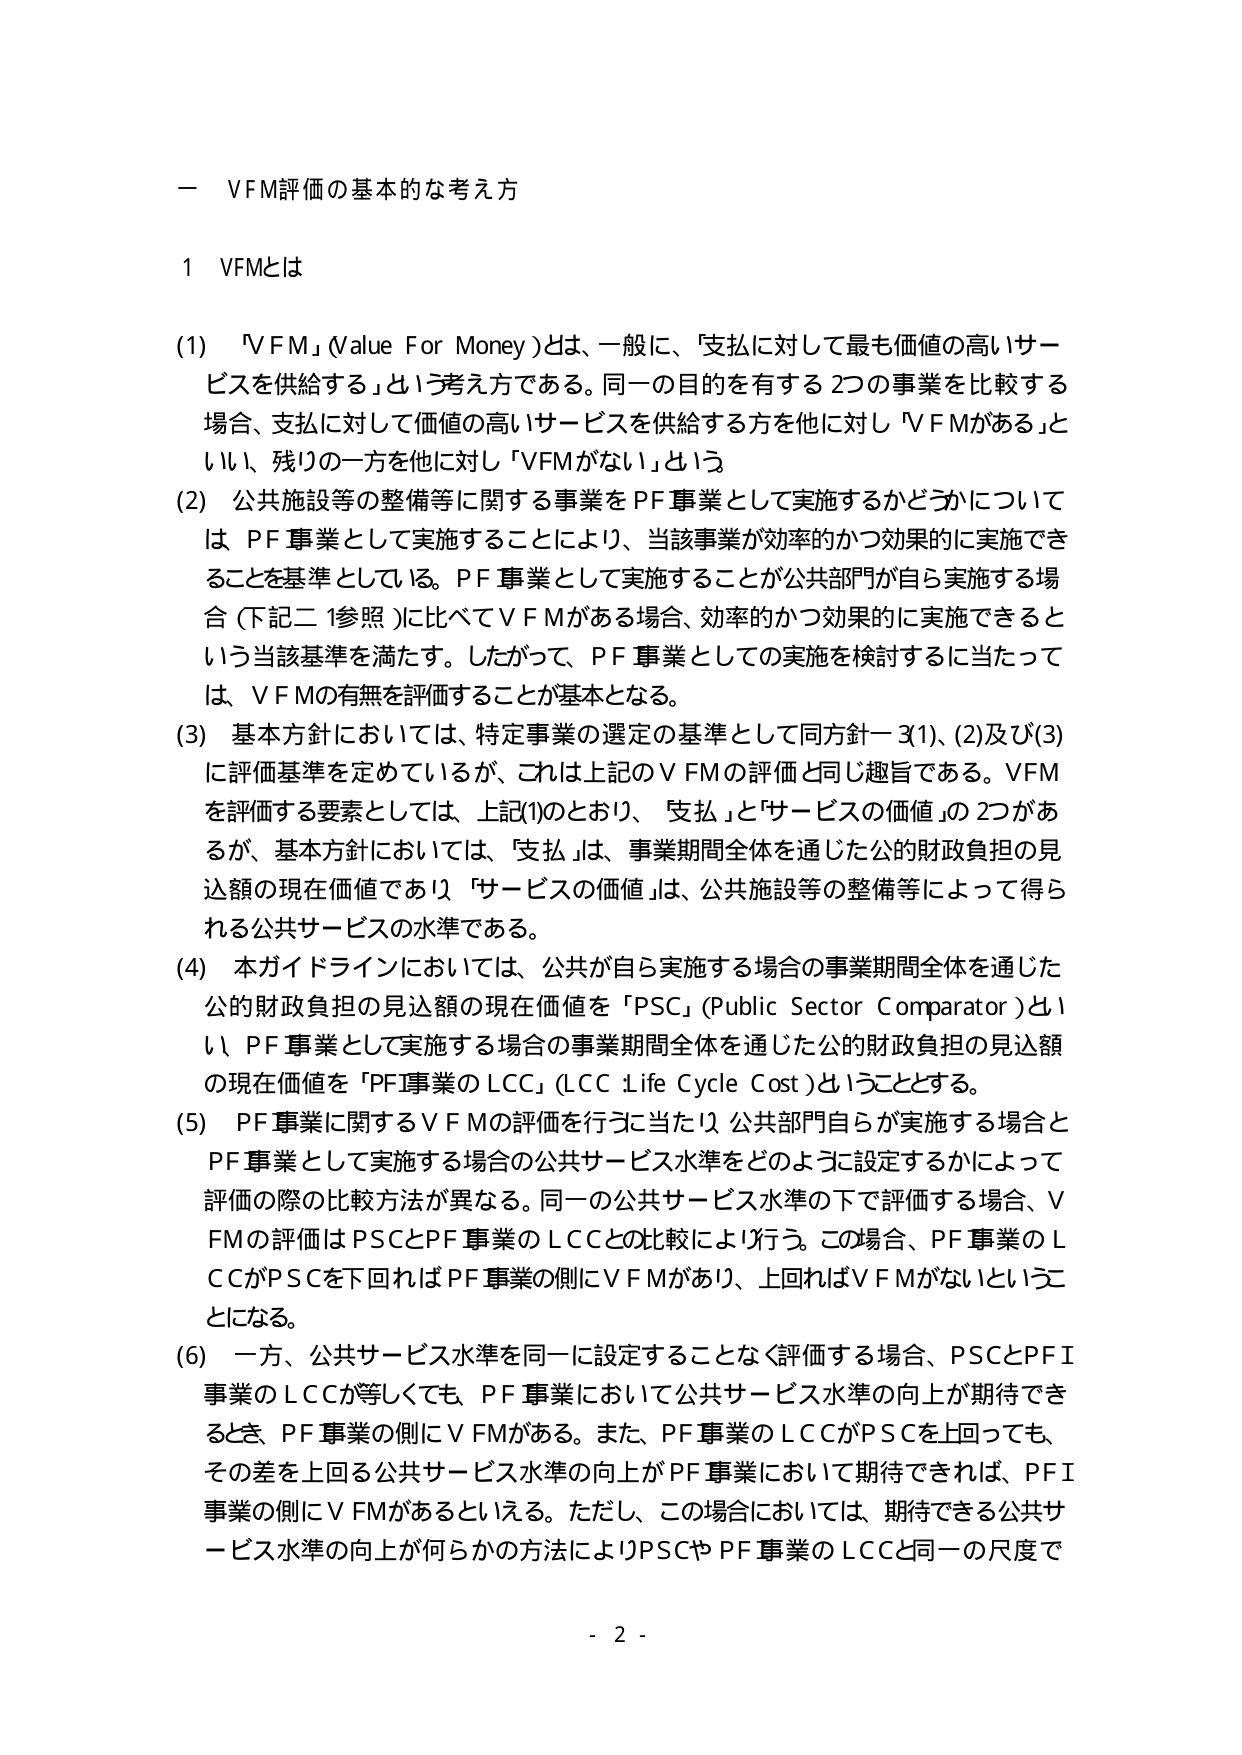
一 VFM評価の基本的な考え方

1 VFMとは

(1) 「VFM」(Value For Money)とは、一般に、「支払に対して最も価値の高いサービスを供給する」という考え方である。同一の目的を有する2つの事業を比較する場合、支払に対して価値の高いサービスを供給する方を他に対し「VFMがある」といい、残りの一方を他に対し「VFMがない」という。

(2) 公共施設等の整備等に関する事業をPF事業として実施するかどうかについては、PF事業として実施することにより、当該事業が効率的かつ効果的に実施できることを基準としている。PF事業として実施することが公共部門が自ら実施する場合（下記二1参照）に比べてVFMがある場合、効率的かつ効果的に実施できるという当該基準を満たす。したがって、PF事業としての実施を検討するに当たっては、VFMの有無を評価することが基本となる。

(3) 基本方針においては、特定事業の選定の基準として同方針一3(1)、(2)及び(3)に評価基準を定めているが、これは上記のVFMの評価と同じ趣旨である。VFMを評価する要素としては、上記(1)のとおり、「支払」と「サービスの価値」の2つがあるが、基本方針においては、「支払」は、事業期間全体を通じた公的財政負担の見込額の現在価値であり、「サービスの価値」は、公共施設等の整備等によって得られる公共サービスの水準である。

(4) 本ガイドラインにおいては、公共が自ら実施する場合の事業期間全体を通じた公的財政負担の見込額の現在価値を「PSC」(Public Sector Comparator)といい、PF事業として実施する場合の事業期間全体を通じた公的財政負担の見込額の現在価値を「PF事業のLCC」(LCC: Life Cycle Cost)ということとする。

(5) PF事業に関するVFMの評価を行うに当たり、公共部門自らが実施する場合とPF事業として実施する場合の公共サービス水準をどのように設定するかによって評価の際の比較方法が異なる。同一の公共サービス水準の下で評価する場合、VFMの評価はPSCとPF事業のLCCとの比較により行う。この場合、PF事業のLCCがPSCを下回ればPF事業の側にVFMがあり、上回ればVFMがないということになる。

(6) 一方、公共サービス水準を同一に設定することなく評価する場合、PSCとPF事業のLCCが等しくても、PF事業において公共サービス水準の向上が期待できるとき、PF事業の側にVFMがある。また、PF事業のLCCがPSCを上回っても、その差を上回る公共サービス水準の向上がPF事業において期待できれば、PF事業の側にVFMがあるといえる。ただし、この場合においては、期待できる公共サービス水準の向上が何らかの方法によりPSCやPF事業のLCCと同一の尺度で

- 2 -